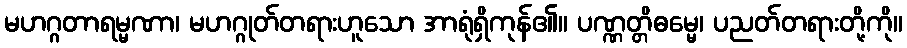
မဟဂ္ဂတာရမ္မဏာ၊ မဟဂ္ဂုတ်တရားဟူသော အာရုံရှိကုန်၏။ ပဏ္ဏတ္တိဓမ္မေ၊ ပညတ်တရားတို့ကို။